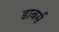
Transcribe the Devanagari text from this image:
डाबर्स